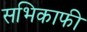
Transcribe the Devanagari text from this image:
सभिकाफी